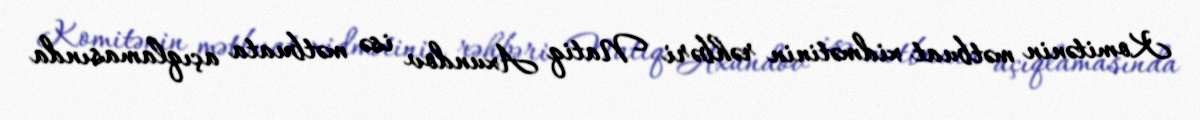
Komitənin mətbuat xidmətinin rəhbəri Natiq Axundov isə mətbuata açıqlamasında